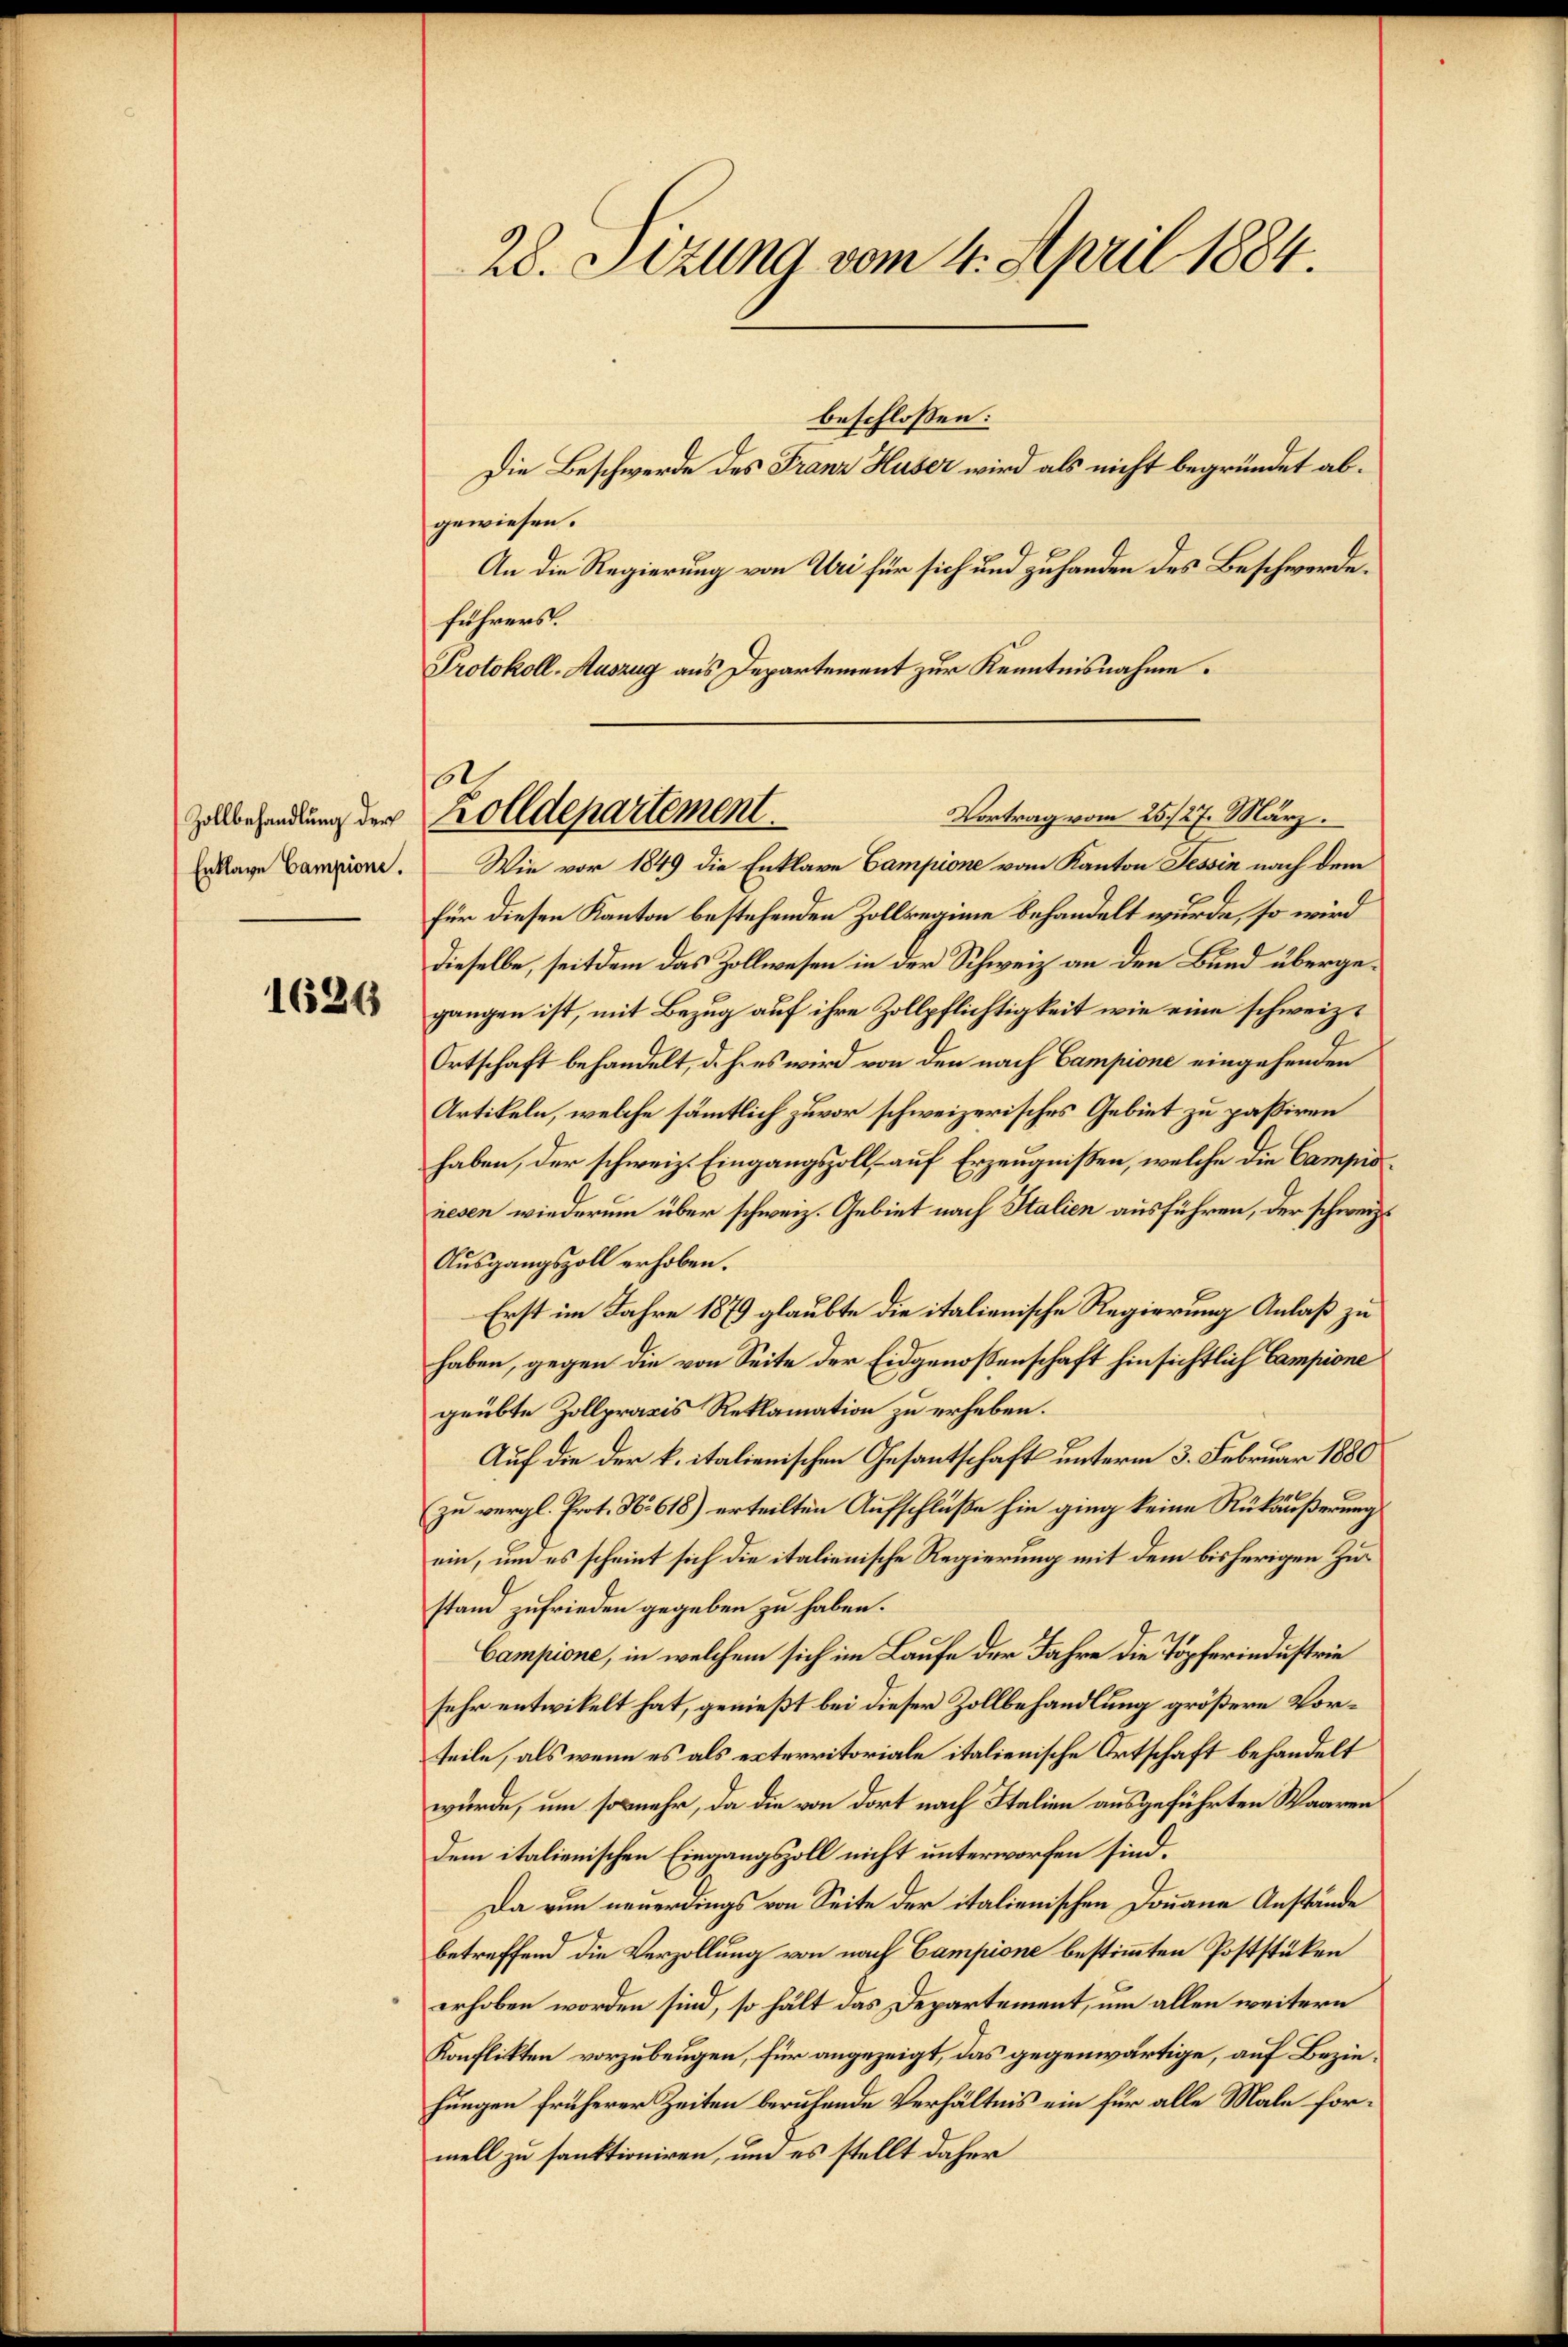
Zollbehandlung der

1626

28. Sizung vom 4. April 1884.

beschlossen:
Die Beschwerde des Franz Huser wird als nicht begründet abgewiesen.
An die Regierung von Uri für sich und zuhanden des Beschwerde.
führers.
Protokoll-Auszug aus Departement zur Kenntnisnahme.
tage amien. — Wie vor 1849 die Enklare Campione vom Kanton Tessin nach dem
für diesen Kanton bestehenden Zollregime behandelt wurde, so wird
dieselbe, seitdem das Zollwesen in der Schweiz an den Bund übergegangen ist, mit Bezug auf ihre Zollpflichtigkeit wie eine schweiz.
Ortschaft behandelt, d. h. es wird von den nach Campione eingehenden
Artikeln, welche sämtlich zuvor schweizerisches Gebiet zu paßiren
haben, der schweiz. Eingangszoll auf Erzeugnißen, welche die Campidnesen wiederum über schweiz. Gebiet nach Italien ausführen, der schweiz.
Ausgangszoll erhoben.
Erst im Jahre 1879 glaubte die italienische Regierung Anlaß zu
haben, gegen die von Seite der Eidgenoßenschaft hinsichtlich Campione
geübte Zollpraxis Reklamation zu erheben.
Auf die der k. italienischen Gesantschaft unterm 3. Februar 1880
zu vergl. Prot. No. 618) erteilten Aufschlüße hin ging keine Rükäußerung
ein, um es scheint sich die italienische Regierung mit dem bisherigen Zustand zufrieden gegeben zu haben.
Campione, in welchem sich im Laufe der Jahre die Töpferindustrie
sehr entwikelt hat, genießt bei dieser Zollbehandlung größere Vorteile, als wenn es als erterritoriale italienische Ortschaft behandelt
würde, um so mehr, da die von dort nach Italien ausgeführten Waaren
dem italienischen Eingangszoll nicht unterworfen sind.
Da nun neuerdings von Seite der italienischen Donaue Anstände
betreffend die Verzollung von nach Campione bestimmten Poststüken
erhoben worden sind, so hält das Departement, um allen weitern
Konflikten vorzubeugen, für angezeigt, das gegenwärtige, auf Beziehungen früherer Zeiten berufende Verhältnis ein für alle Male formell zu sanktioniren, um es stellt daher

e
Vortrag vom 25./27. März.
Zolldepartement.